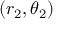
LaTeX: ( r _ { 2 } , \theta _ { 2 } )